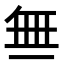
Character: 𬻝